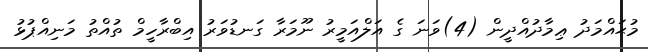
މުޙައްމަދު ޢިމާދުއްދީން (4)ވަނަ ގެ އަލްއަމީރު ނޫމަރާ ގަނޑުވަރު އިބްރާހީމް ތުއްތު މަނިއްޕުޅު